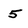
Character: 5